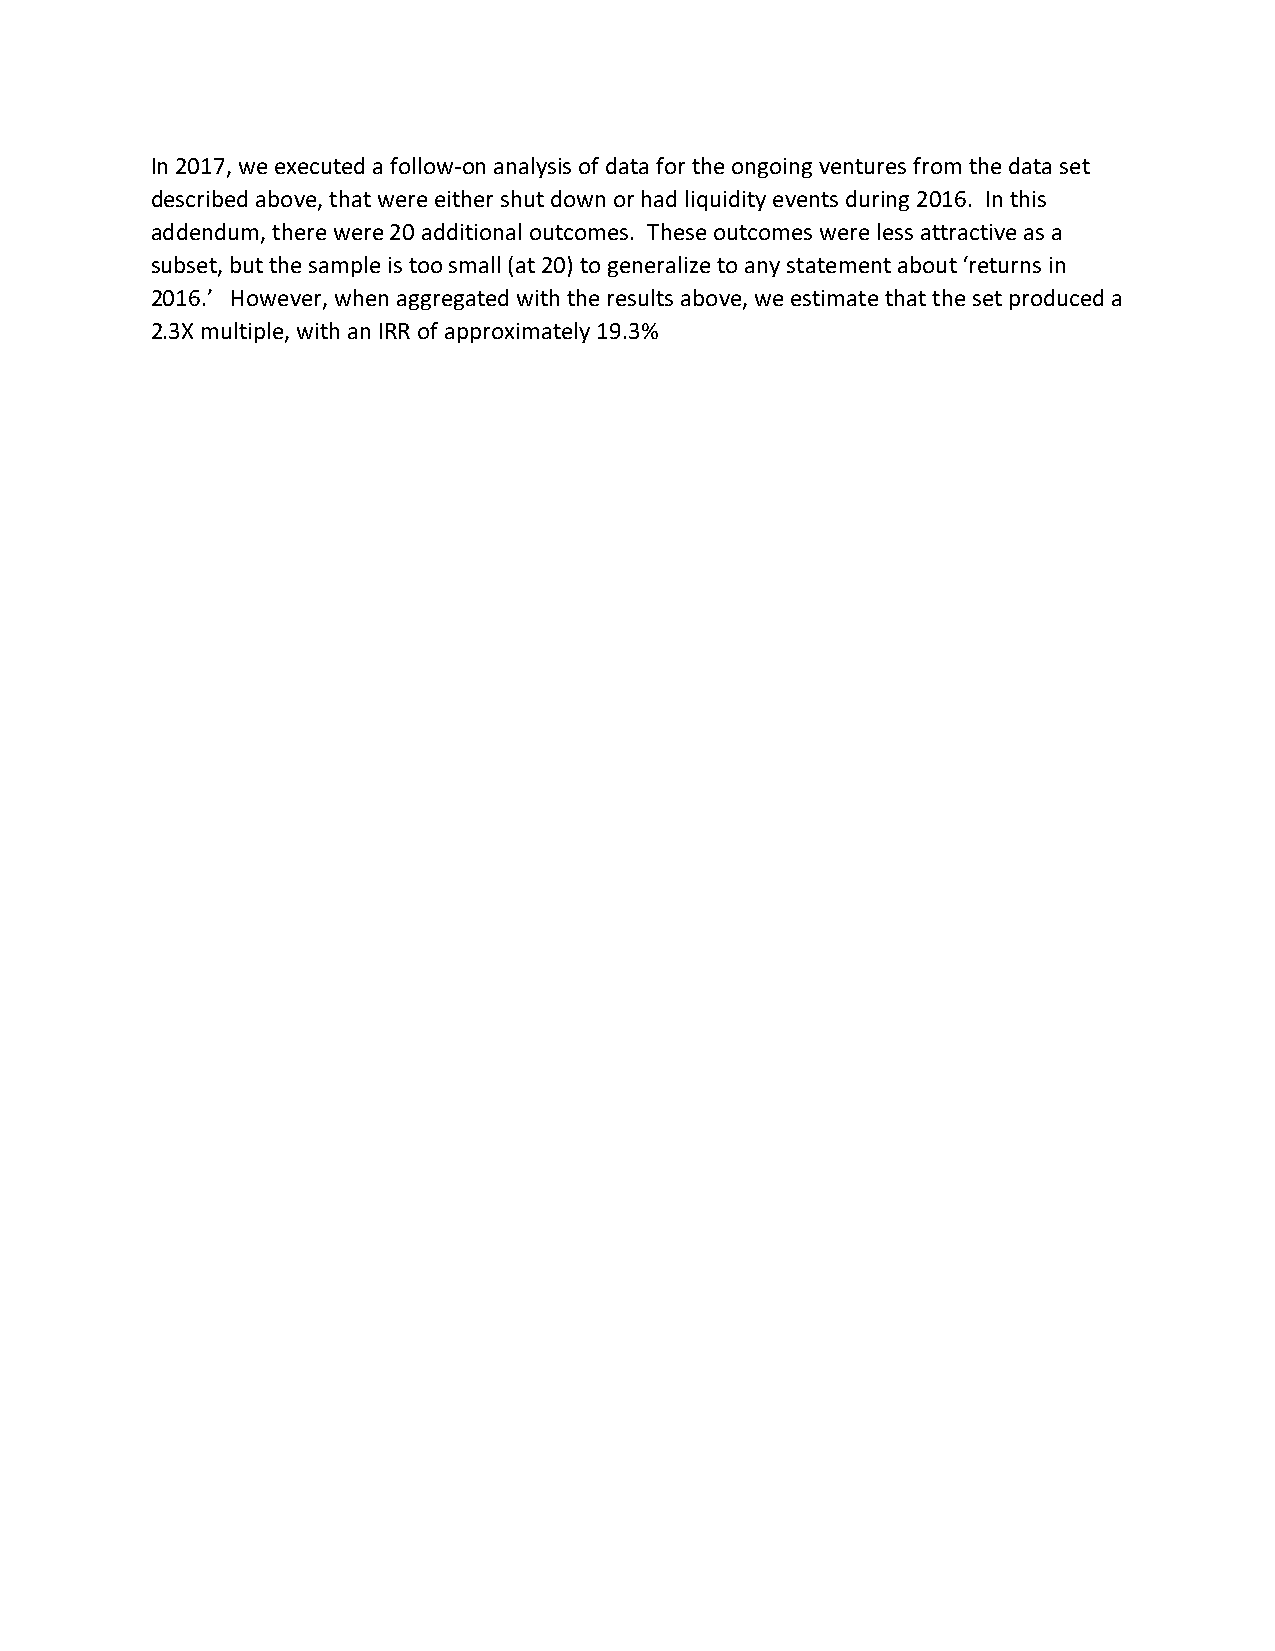
In 2017, we executed a follow-on analysis of data for the ongoing ventures from the data set
 described above, that were either shut down or had liquidity events during 2016. In this
 addendum, there were 20 additional outcomes. These outcomes were less attractive as a
 subset, but the sample is too small (at 20) to generalize to any statement about ‘returns in
 2016.’ However, when aggregated with the results above, we estimate that the set produced a
 2.3X multiple, with an IRR of approximately 19.3%